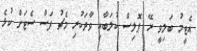
އެޓީމު ބަލިވީ ރޭ ޕޮލިސް ކުލަބާއި ވާދަކުރި މެޗު ފަސް ސެޓަށް ކުޅެ